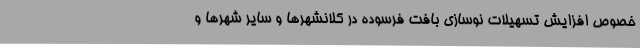
خصوص افزایش تسهیلات نوسازی بافت فرسوده در کلانشهرها و سایر شهرها و